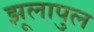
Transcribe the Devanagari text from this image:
झूलापुल